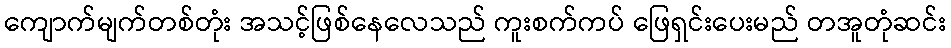
ကျောက်မျက်တစ်တုံး အသင့်ဖြစ်နေလေသည် ကူးစက်ကပ် ဖြေရှင်းပေးမည် တအူတုံဆင်း